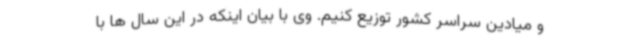
و میادین سراسر کشور توزیع کنیم. وی با بیان اینکه در این سال ها با